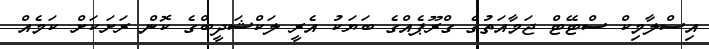
އިސްލާމިކް ސްޓޭޓް ޖަމާއަތުގެ ގްރޫޕެއްގެ ބަޔަކު އެރީ ލަކްޝަދީބްގެ ކޮން ރަށަކަށް ކަމެއް